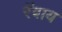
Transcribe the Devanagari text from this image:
रॅबाय